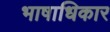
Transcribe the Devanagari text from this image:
भाषाधिकार